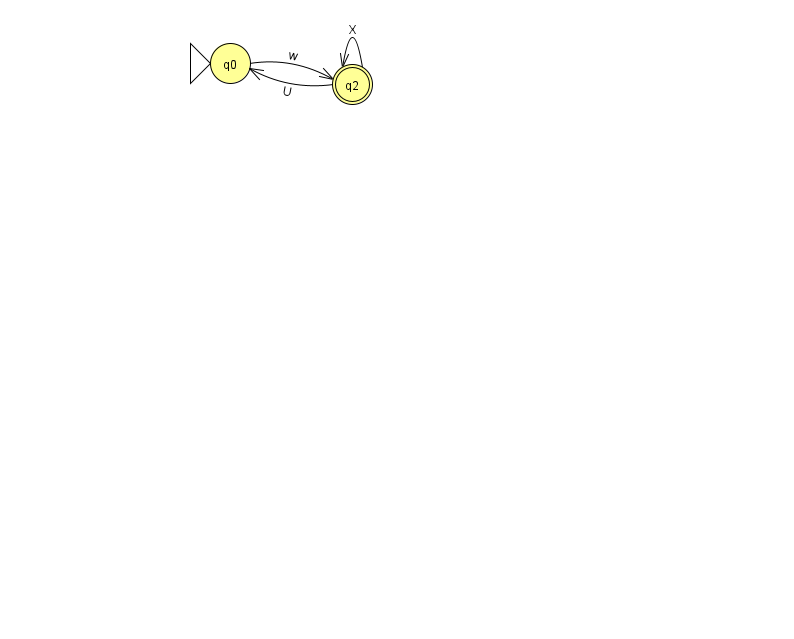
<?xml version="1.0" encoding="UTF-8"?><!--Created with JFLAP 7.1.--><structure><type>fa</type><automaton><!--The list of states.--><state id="0" name="q0"><x>230.0</x><y>50.0</y><initial/></state><state id="2" name="q2"><x>352.0</x><y>71.0</y><final/></state><!--The list of transitions.--><transition><from>2</from><to>2</to><read>X</read></transition><transition><from>0</from><to>2</to><read>w</read></transition><transition><from>2</from><to>0</to><read>U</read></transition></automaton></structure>